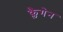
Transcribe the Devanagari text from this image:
क्लैगेन